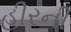
હીરની